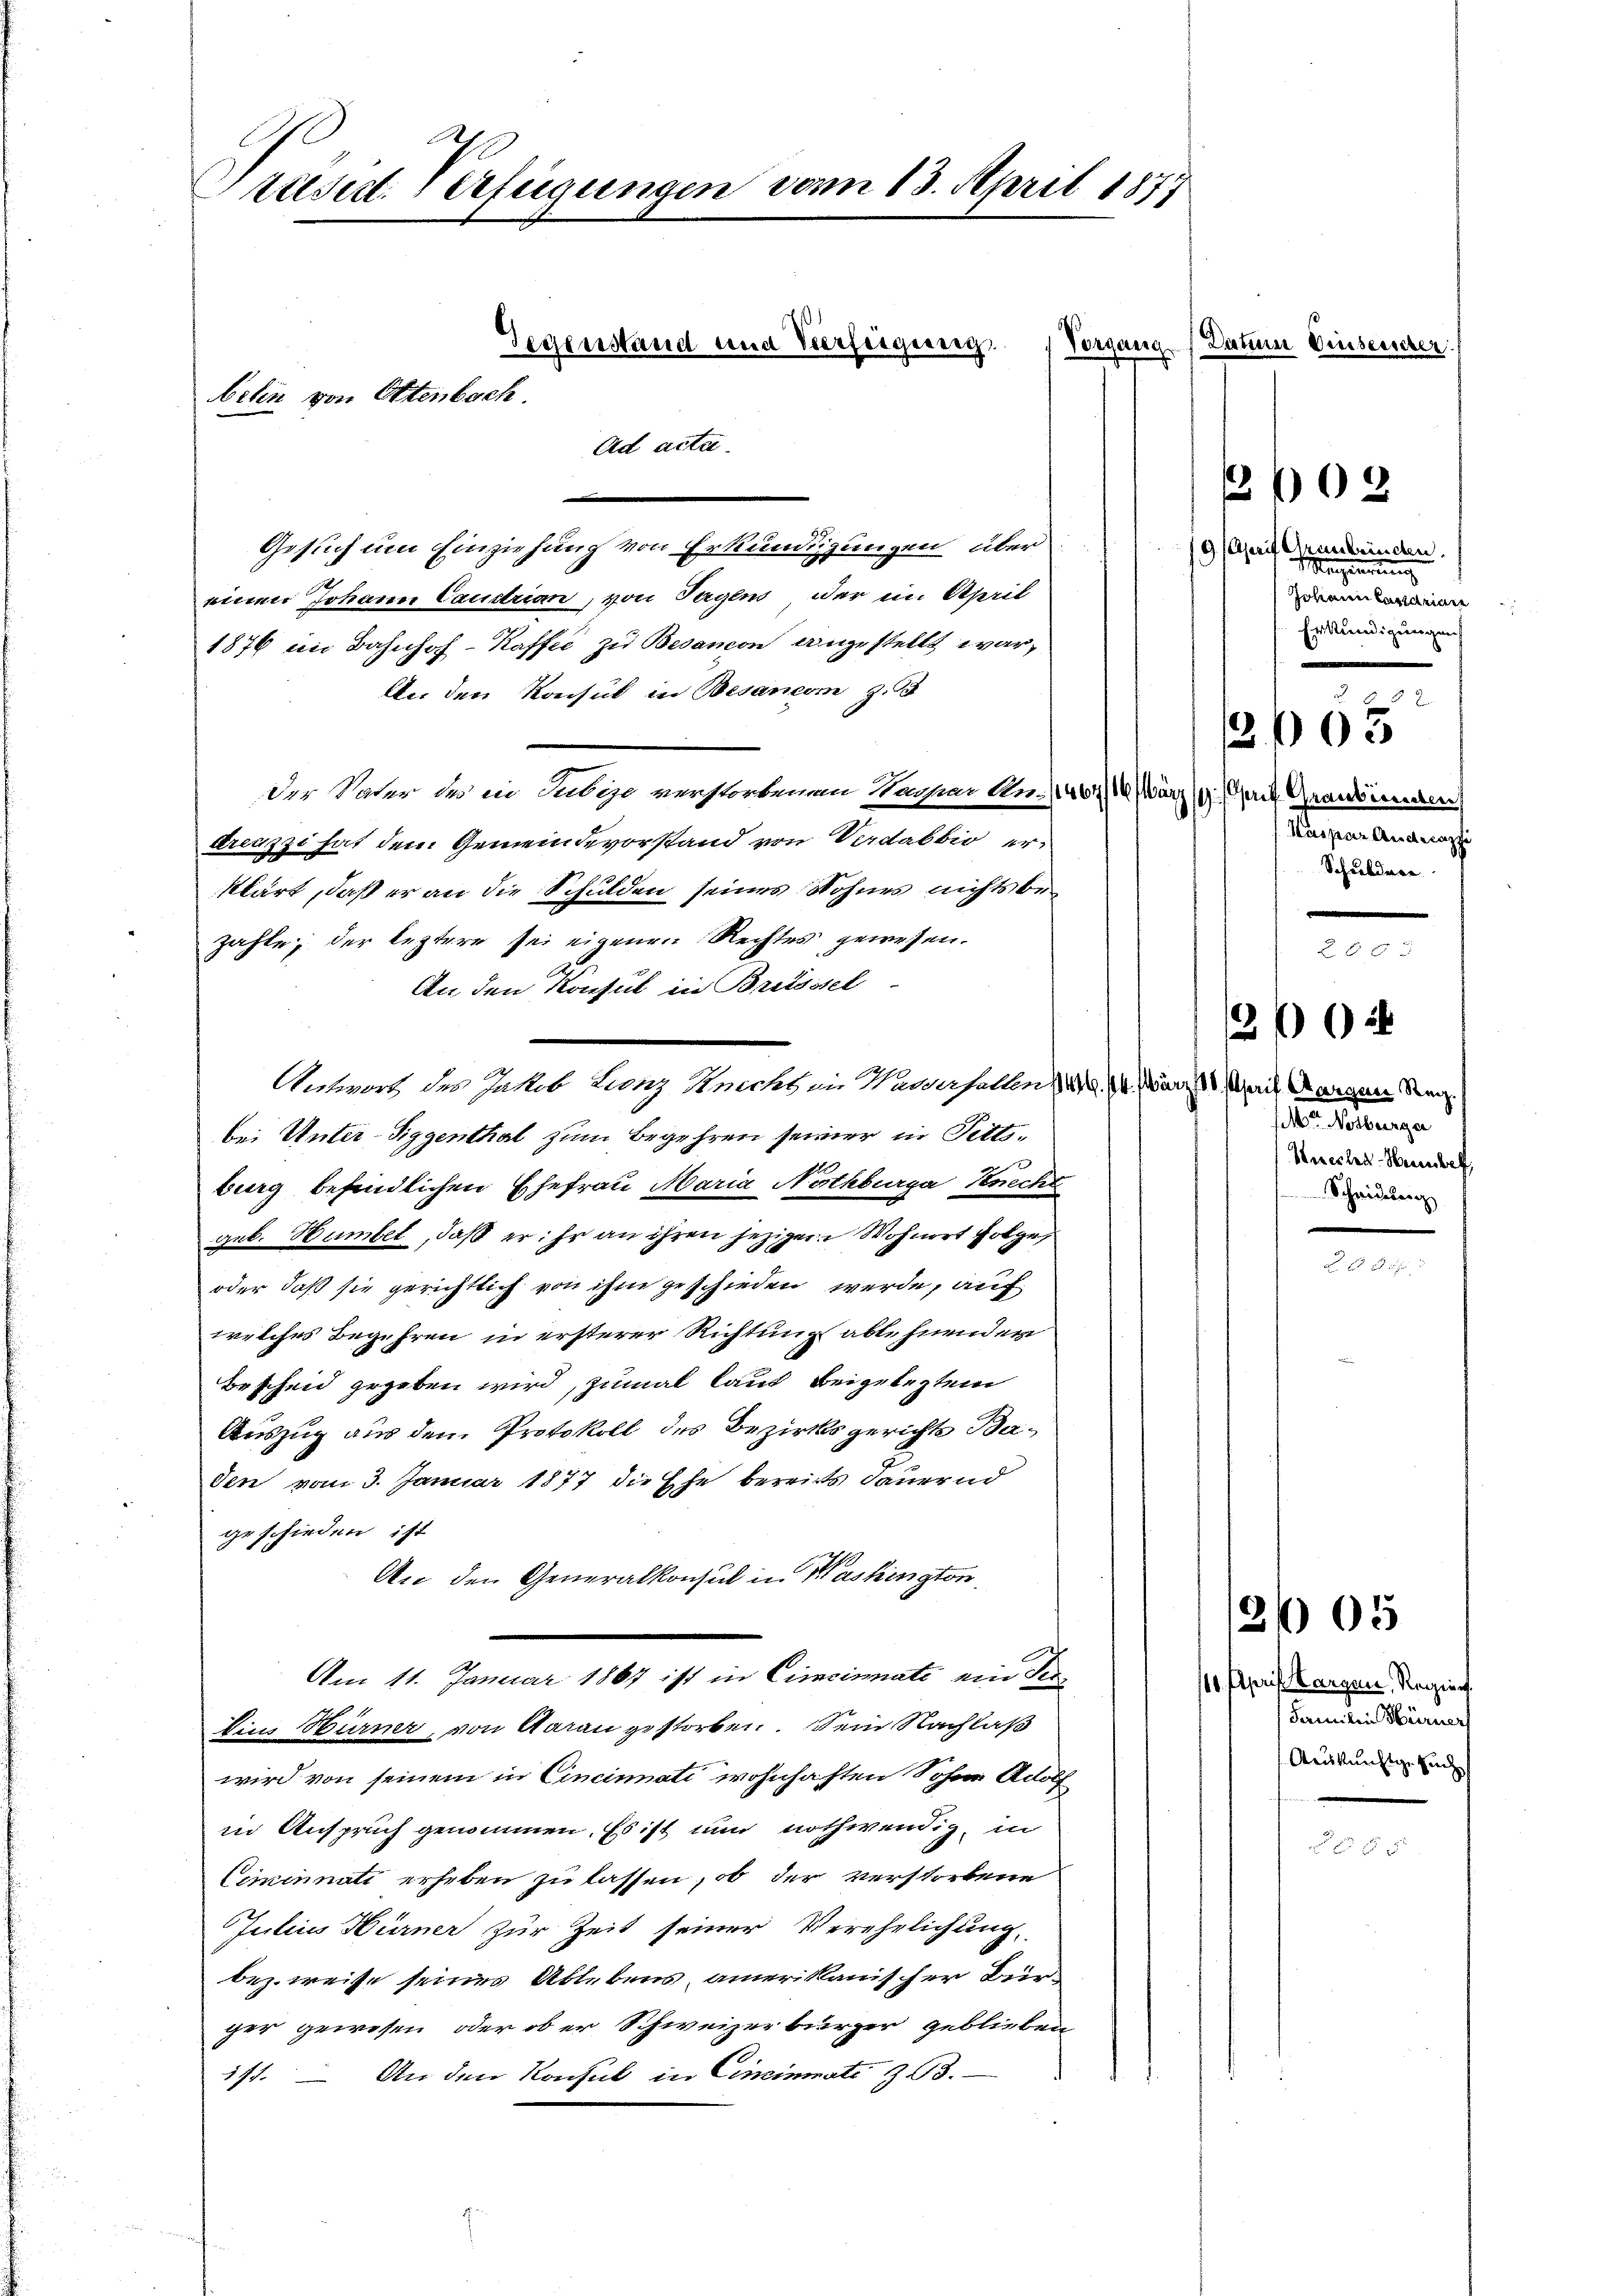
Präsent. Verfügungen vom 13. April 1877

Ad acta.
Gesuch um Einziehung von Erkundigungen, über
einen Johann Candrian, von Tagens der ein April
1876 im Bahnhof-Kaffee zu Besanon angestellt war,
An den Konsul in Besaneon, z.
Der Vater des in Subige verstorbenem Kaspar An-401/4 März 1. rt Graubünden
dreuzzi hat dem Gemeindevorstand von Verdabbio erklärt, daß er an die Schulden seines Sohnes nichts bezahle; der leztere sei eigenen Rechtes gewesen.
An den Konsul in Britsstel
Antwort, des Jakob Lanz Knechs in Waserselben 14. 14. März 18 April Morgen Reg
bei Unter-Siggenthal zum Begehren seiner in Fettsburg befindlichen Ehefrau Maria Nothburg Knecht
geb. Humbel, daß er: Er an ihren jezigen Wohnert folge
oder daß sie gerichtlich von ihm geschieden werde, auf
welches Begehren in ersterer Richtung ablehnenden
Bescheid gegeben wird, zumal laut beigelegten
Auszug aus dem Protokoll des Bezirksgerichts Baden vom 3. Januar 1877 die Ehe bereits dauernd
geschieden, ist
An den Generalkonsul in Washington,
Am 11. Januar 1867 ist in Cincinati ein Ter¬
Ein Burner, von Aarau gestorben. Sein Nachlaß
wird von seinem in Cincinati wohnhaften Sohne Adolf
in Anspruch genommen. Es ist nun nothwendig, in
Ciminnati erheben zu lassen, ob der verstorbene
Julius Hürner zur Zeit seiner Verehrlichung,
bez. weise seines Ablebens, amerikanischer Bürger gewesen, oder ob er Schweizerbürger geblieben
371. — An den Konsul in Ciminate & 43.

Gegenstand und Verfeigeneig
beten von Ottenbach.

Vorgang (Datum Einseinter

9 April Arabenden.
 Regierung
Johann Cantaria
Erkundigungen

1205
Kaspar Andecassi
Schaubdare.

02

er Seiterne
Seestra-Heuber,
Scheidung

2002

110. April Vorgen, Regier
Familie Hörners
Arukünftige Zuch

2605